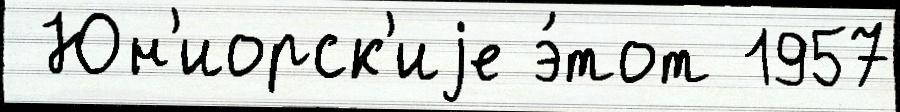
 Юн'иорск'иjе э́тот 1957